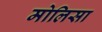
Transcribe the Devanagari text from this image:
मोलिसा